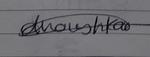
Signature authenticity: genuine